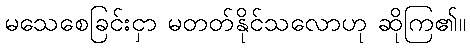
မသေစေခြင်းငှာ မတတ်နိုင်သလောဟု ဆိုကြ၏။